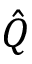
\hat { Q }